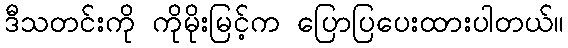
ဒီသတင်းကို ကိုမိုးမြင့်က ပြောပြပေးထားပါတယ်။